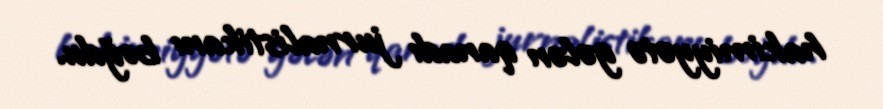
hakimiyyətə gələn qanadı jurnalistikanı boğdu.